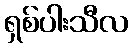
ရှစ်ပါးသီလ